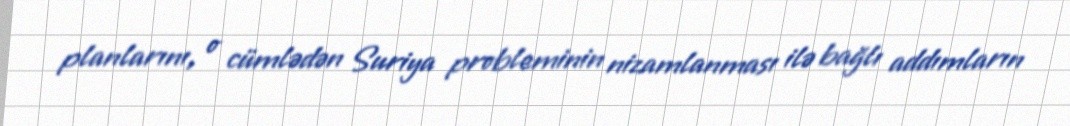
planlarını, o cümlədən Suriya probleminin nizamlanması ilə bağlı addımların